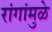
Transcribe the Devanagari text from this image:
रांगांमुळे